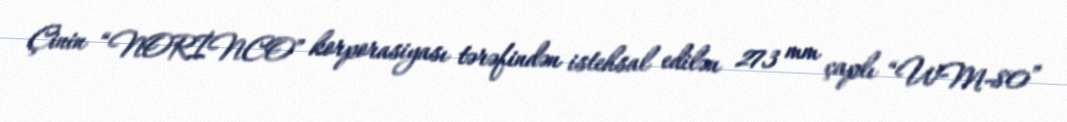
Çinin “NORİNCO” korporasiyası tərəfindən istehsal edilən 273 mm çaplı “WM-80”